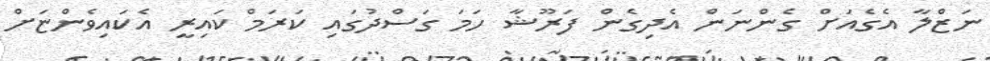
ނަޒްލާ އެގެއަށް ގެންނަން އެދިގެން ފަރޫޝާ ހަމަ ގަސްދުގައި ކަރަމް ކައިރީ އެކައިވެންޏަށް